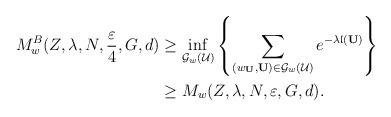
LaTeX: \begin{align*}\begin{aligned}M_w^B(Z, \lambda, N, \frac{\varepsilon}{4},G, d)&\ge \inf _{\mathcal{G}_w(\mathcal{U})}\left\{\sum_{(w_{\mathbf{U}}, \mathbf{U}) \in \mathcal{G}_w(\mathcal{U})} e^ { -\lambda \mathfrak{l}(\mathbf{U})} \right\}\\&\ge M_w(Z, \lambda, N, \varepsilon,G, d).\end{aligned}\end{align*}